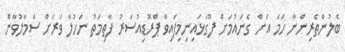
ބެލުންތެރިންނާ ހަމަ އަށް ގެނައުމަށް ފޫގަޅައިނިމިފައިވާ ޕްރޮޑިއުސަރު ފާތިމަތު ނަހުލާ ވަރަށް ސަމާލުވާން